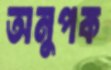
অনুপক